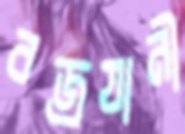
বজ্রযানী